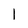
Character: 1